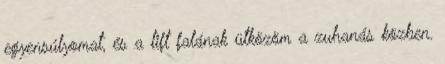
egyensúlyomat, és a lift falának ütközöm a zuhanás közben.